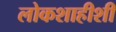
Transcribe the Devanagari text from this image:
लोकशाहीशी